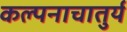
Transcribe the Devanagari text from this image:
कल्पनाचातुर्य